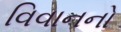
વિવાનનો